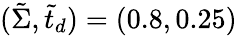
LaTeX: (\tilde{\Sigma},\tilde{t}_{d})=(0.8,0.25)